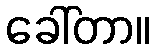
ခေါ်တာ။